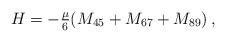
LaTeX: \begin{align*}H=-\textstyle{\frac{\mu}{6}}(M_{45}+M_{67}+M_{89})\,,\end{align*}